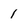
Character: 1